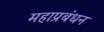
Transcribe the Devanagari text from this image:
महाप्रबंधन